Calcutta medical institutions reports 1871-78
Year: 1871
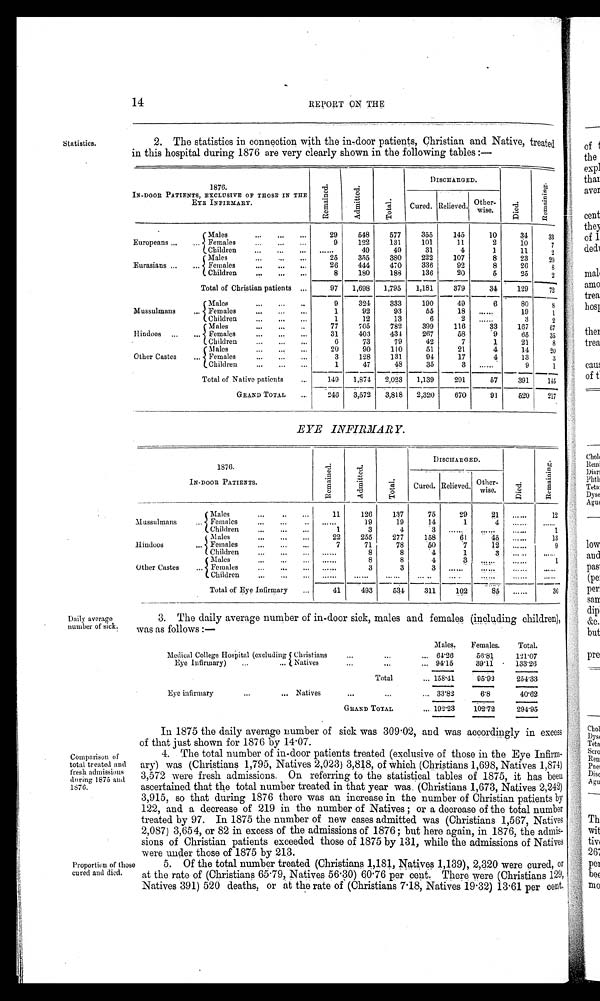
14
REPORT ON THE
Statistics.
Daily average
number of sick.
2. The statistics in connection with the in-door patients, Christian and Native, treated
in this hospital during 1876 are very clearly shown in the following tables :—
1876.
IN-DOOR PATIENTS, EXCLUSIVE OF THOSE IN THE
EYE INFIRMARY.
Remai ned.
Admi t t ed.
Total
DISCHARGED.
Di ed.
Re ma i n i n g
Cured. Relieved. Other
wise.
Males
...
...
...
29
548
577
355
145
10
34
33
Europeans ...
... Females
...
...
...
9
122
131
101
11
2
10
7
Children
...
...
...
......
49
49
31
4
1
11
2
Males
25
355
380
222
107
8
23
20
Eurasians ...
... Females
26
444
470
336
92
8
26
8
Children
.
..
...
8
180
188
136
20
5
25
2
Total of Christian patients ...
97
1,698
1,795
1,181
379
34
129
72
Males
..
9
324
333
190
49
80
8
Mussulmans
Females
1
92
93
55
6
19
1
Children
1
12
13
6
2
3
2
Males
77
705
782
399
116
33
167
67
Hindoos ...
... Females
...
31
403
431
267
58
9
65
35
•
Children
6
73
79
42
7
1
21
8
Males
20
90
110
51
21
4
14
20
Other Castes... ...
...
...
...
3
128
131
94
17
4
13
3
Children
...
1
47
48
35
3
9
1
Total of Native patients
...
149
1,874.
2,023
1,139
291
57
391
145
GRAND TOTAL
...
246
3,572
3,818
2,320
670
91
520
................. n
217
EYE INFIRMARY.
1876.
IN-DOOR PATIENTS.
Remai ned.
A d mi t t e d . .
Tot al
DISCHARGED.
Died.
Re ma i n i n g .
Cured. Relieved. Other
wise.
Males
...
...
11
126
137
75
29
2 1
12
Mussulmans
... Females
.
19
19
14
1
4
Children
1
3
4
3
1
Males
...
22
255
277
158
61
45
13
Hindoos
... Females
...
...
7
71
78
50
'7
9
Children
...
...
...
.....
8
8
4
1
3
...
...
...
......
8
8
4
1
Other Castes
...
Males
Females
3
3
3
Children
...
...
......
Total of Eye Infirmary
...
41
493
54
311
102
8
36
3. The daily average number of in-door sick, males and females (including children),
was as follows :—
Males.
Females.
Total.
Medical College Hospital (excluding 5 Christians
...
...
. 64·26
56·81
121·07
Eye Infirmary)
...
... Natives
...
... 94'15
39·11 • 133·26
Total
... 158·41
95· 93
254'33
Eye infirmary
...
... Natives
•..
... 33 .8 2
6·8
40·62
GRAND TOTAL
... 192·23
102·72
294· 95
Comparison of
total treated and
fresh admissions
during 1875 and
1876.
In 1875 the daily average Lumber of sick was 309 .02, and was accordingly in excess
of that just shown for 1876 by 14·07.
4. The total number of in-door patients treated (exclusive of those in the Eye Infirm-
ary) was (Christians 1,795, Natives 2,023) 3,818, of which (Christians 1,698, Natives 1 , 874)
3,572 were fresh admissions. On referring to the statistical tables of 1875, it has beeu
ascertained that the total number treated in that year was. (Christians 1,673, Natives 2,242)
3,915, so that during 1876 there was an increase in the number of Christian patients by
122, and a decrease of 219 in the number of Natives ; or a decrease of the total number
treated by 97. In 1875 the number of new cases admitted was (Christians 1,567, Natives
2,087) 3,654, or 82 in excess of the admissions of 1876; but here again, in 1876, the admis-
sions of Christian patients exceeded those of 1875 by 131, while the admissions of Natives
were under those of 1875 b y 213.
Proportion of those
cured and died.
5. Of the total number treated (Christians 1,181, Natives 1,139), 2,320 were cured, or
at the rate of (Christians 65 .79, Natives 56. 30) 60 . 76 per cent. There were (Christians 129,
Natives 391) 520 deaths, or at the rate of (Christians 7·18, Natives 19·32) 13·61 per cent.